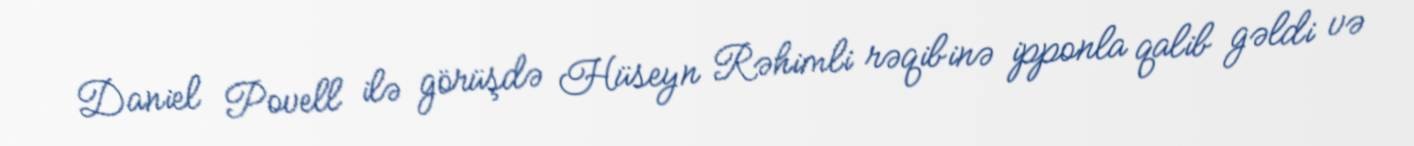
Daniel Povell ilə görüşdə Hüseyn Rəhimli rəqibinə ipponla qalib gəldi və